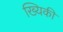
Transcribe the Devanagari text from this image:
ख्यिकी